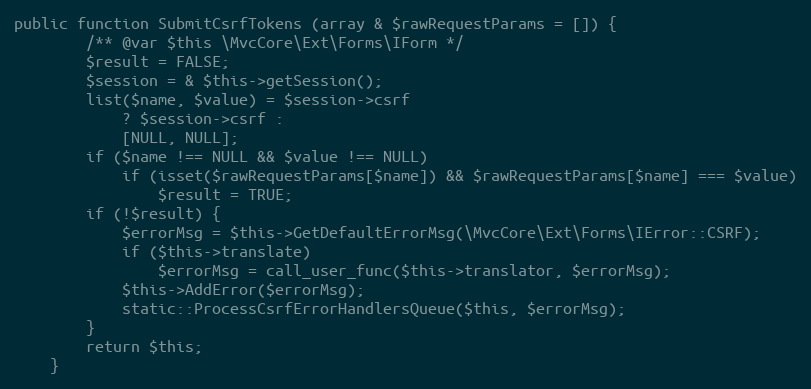
Language: PHP
public function SubmitCsrfTokens (array & $rawRequestParams = []) {
		/** @var $this \MvcCore\Ext\Forms\IForm */
		$result = FALSE;
		$session = & $this->getSession();
		list($name, $value) = $session->csrf
			? $session->csrf :
			[NULL, NULL];
		if ($name !== NULL && $value !== NULL)
			if (isset($rawRequestParams[$name]) && $rawRequestParams[$name] === $value)
				$result = TRUE;
		if (!$result) {
			$errorMsg = $this->GetDefaultErrorMsg(\MvcCore\Ext\Forms\IError::CSRF);
			if ($this->translate)
				$errorMsg = call_user_func($this->translator, $errorMsg);
			$this->AddError($errorMsg);
			static::ProcessCsrfErrorHandlersQueue($this, $errorMsg);
		}
		return $this;
	}